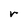
Character: r